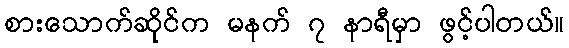
စားသောက်ဆိုင်က မနက် ၇ နာရီမှာ ဖွင့်ပါတယ်။